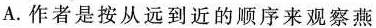
A.作者是按从远到近的顺序来观察燕